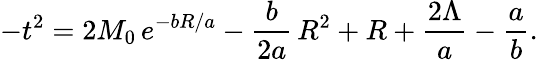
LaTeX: -t^{2}=2M_{0}\, e^{-bR/a}-{\frac{b}{2a}}\, R^{2}+R+{\frac{2\Lambda}{a}}-{\frac{a}{b}}.